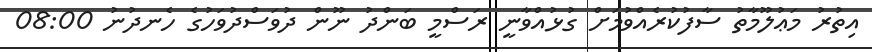
އިތުރު މަޢުލޫމާތު ސާފުކުރެއްވުމަށް ގުޅުއްވާނީ ރަސްމީ ބަންދު ނޫން ދުވަސްދުވަހުގެ ހެނދުނު 08:00